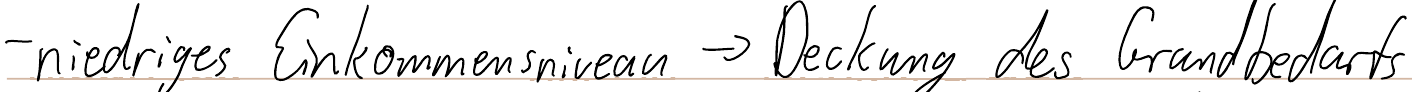
- niedriges Einkommensniveau -> Deckung des Grundbedarfs